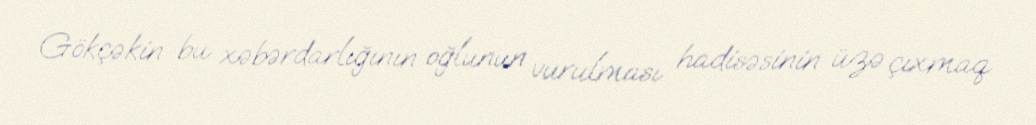
Gökçəkin bu xəbərdarlığının oğlunun vurulması hadisəsinin üzə çıxmaq